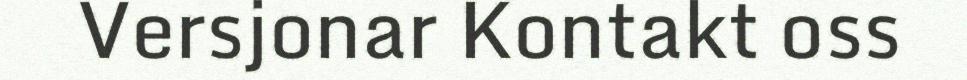
Versjonar Kontakt oss